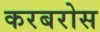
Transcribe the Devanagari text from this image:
करबरोस